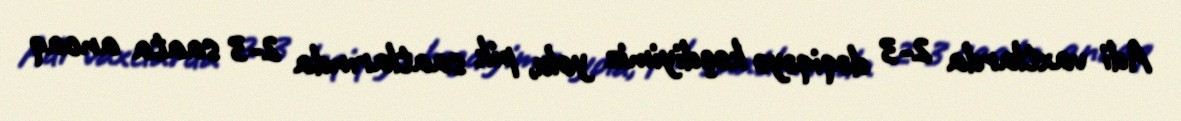
Adi vaxtlarda 2-3 dəqiqəyə keçdiyimiz yolu, pik saatlarında 2-3 saata ancaq